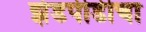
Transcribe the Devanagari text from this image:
झेडपीडीचा